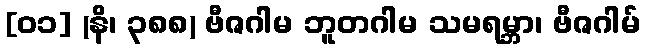
[၀၁] (နိ၊ ၃၈၈) ဗီဇဂါမ ဘူတဂါမ သမရမ္ဘာ၊ ဗီဇဂါမ်